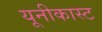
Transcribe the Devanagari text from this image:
यूनीकास्ट